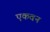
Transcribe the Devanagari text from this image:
एकवन